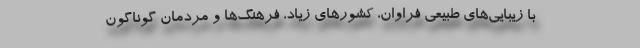
با زیبایی‌های طبیعی فراوان، کشورهای زیاد، فرهنگ‌ها و مردمان گوناگون